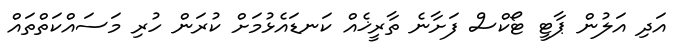
އަދި އަލުން ޕާޓީ ޓޯކްސް ފަށާނެ ތާރީޚެއް ކަނޑައެޅުމަށް ކުރަން ހުރި މަސައްކަތްތައް